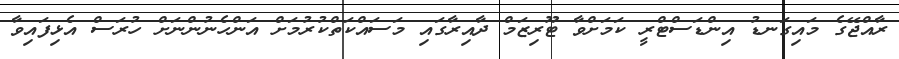
ރާއްޖޭގެ މައިގަނޑު އިންޑަސްޓްރީ ކަމަށްވާ ޓޫރިޒަމް ދާއިރާގައި މަސައްކަތްކުރުމަށް އަންހެނުންނަށް ހުރަސް އެޅިފައިވާ